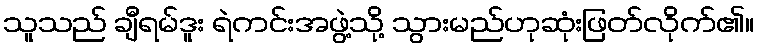
သူသည် ချီရမ်ဒူး ရဲကင်းအဖွဲ့သို့ သွားမည်ဟုဆုံးဖြတ်လိုက်၏။